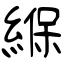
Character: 緥